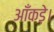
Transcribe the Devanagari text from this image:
आँकड़े।